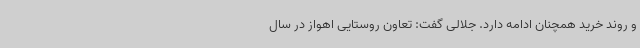
و روند خرید همچنان ادامه دارد. جلالی گفت: تعاون روستایی اهواز در سال